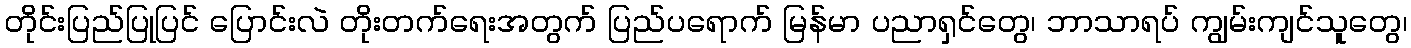
တိုင်းပြည်ပြုပြင် ပြောင်းလဲ တိုးတက်ရေးအတွက် ပြည်ပရောက် မြန်မာ ပညာရှင်တွေ၊ ဘာသာရပ် ကျွမ်းကျင်သူတွေ၊